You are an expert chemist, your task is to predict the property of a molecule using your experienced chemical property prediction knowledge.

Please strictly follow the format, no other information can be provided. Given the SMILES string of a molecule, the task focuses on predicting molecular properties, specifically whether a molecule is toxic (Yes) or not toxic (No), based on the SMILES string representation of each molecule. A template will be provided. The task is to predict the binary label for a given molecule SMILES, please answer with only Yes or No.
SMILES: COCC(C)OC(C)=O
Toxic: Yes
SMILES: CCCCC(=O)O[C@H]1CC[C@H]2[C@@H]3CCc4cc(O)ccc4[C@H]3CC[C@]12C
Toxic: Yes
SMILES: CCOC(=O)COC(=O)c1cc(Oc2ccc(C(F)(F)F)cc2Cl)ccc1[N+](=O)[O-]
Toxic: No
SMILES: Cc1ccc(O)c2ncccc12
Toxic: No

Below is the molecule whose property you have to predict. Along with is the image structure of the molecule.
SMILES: Cc1c([N+](=O)[O-])cccc1[N+](=O)[O-]
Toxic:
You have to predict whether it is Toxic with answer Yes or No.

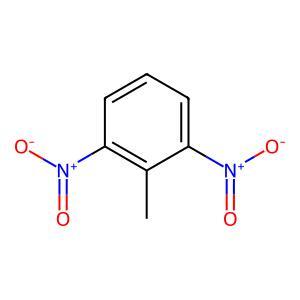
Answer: No